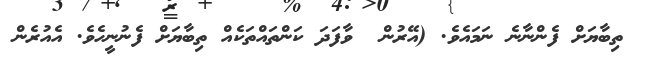
ތިބާޔަށް ފެންނާނެ ނަމައެވެ. (އޭރުން  ވާފަދަ ކަންތައްތަކެއް ތިބާޔަށް ފެނުނީހެވެ. އެއުރެން